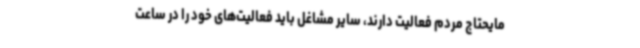
مایحتاج مردم فعالیت دارند، سایر مشاغل باید فعالیت‌های خود را در ساعت